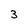
Character: 3